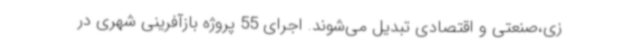
زی،صنعتی و اقتصادی تبدیل می‌شوند. اجرای 55 پروژه بازآفرینی شهری در